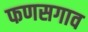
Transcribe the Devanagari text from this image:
फणसगाव